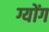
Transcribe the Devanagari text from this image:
ग्योंग